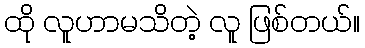
ထို လူဟာမသိတဲ့ လူ ဖြစ်တယ်။